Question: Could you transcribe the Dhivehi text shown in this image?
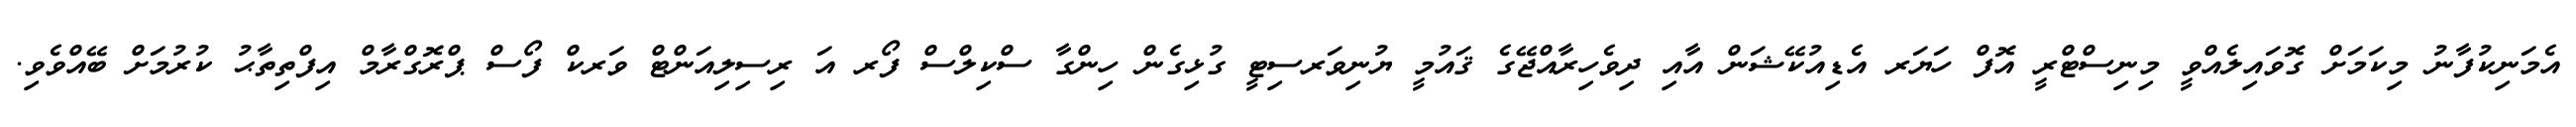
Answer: އެމަނިކުފާނު މިކަމަށް ގޮވައިލެއްވީ މިނިސްޓްރީ އޮފް ހަޔަރ އެޑިއުކޭޝަން އާއި ދިވެހިރާއްޖޭގެ ޤައުމީ ޔުނިވަރސިޓީ ގުޅިގެން ހިންގާ ސްކިލްސް ފޯރ އަ ރިސިލިއަންޓް ވަރކް ފޯސް ޕްރޮގްރާމް އިފްތިތާޙު ކުރުމަށް ބޭއްވެވި.